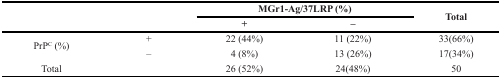
<table><thead><tr><td rowspan="2"></td><td rowspan="2"></td><td colspan="2"><b>MGr1-Ag/37LRP (%)</b></td><td rowspan="2"><b>Total</b></td></tr><tr><td><b>+</b></td><td><b>–</b></td></tr></thead><tbody><tr><td rowspan="2">PrP<sup>C</sup> (%)</td><td>+</td><td>22 (44%)</td><td>11 (22%)</td><td>33(66%)</td></tr><tr><td>–</td><td>4 (8%)</td><td>13 (26%)</td><td>17(34%)</td></tr><tr><td>Total</td><td></td><td>26 (52%)</td><td>24(48%)</td><td>50</td></tr></tbody></table>